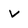
Character: v